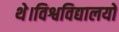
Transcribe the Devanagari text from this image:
थे।विश्वविद्यालयों